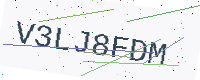
Text: V3LJ8FDM